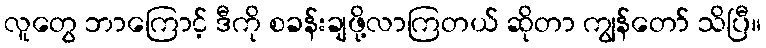
လူတွေ ဘာကြောင့် ဒီကို စခန်းချဖို့လာကြတယ် ဆိုတာ ကျွန်တော် သိပြီ။